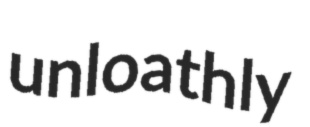
unloathly